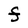
Character: F